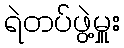
ရဲတပ်ဖွဲ့မှူး